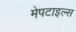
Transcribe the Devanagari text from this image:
मेपटाइल्स